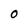
Character: O